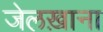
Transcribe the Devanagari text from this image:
जेलख़ाना